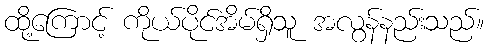
ထို့ကြောင့် ကိုယ်ပိုင်အိမ်ရှိသူ အလွန်နည်းသည်။